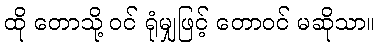
ထို တောသို့ ဝင် ရုံမျှဖြင့် တောဝင် မဆိုသာ။